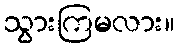
သွားကြမလား။